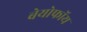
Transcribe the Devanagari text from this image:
बेयोफॉय